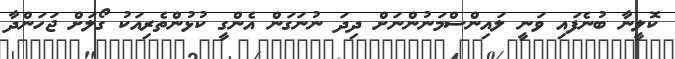
ކޮލީނާ ބުނެފައި ވަނީ ލައިންސްމަނުންނަށް ދިދަ ނުނަގަން އެންގީ ކުޅުންތެރިއަކު ގޯލަށް ޖަހަންދާ